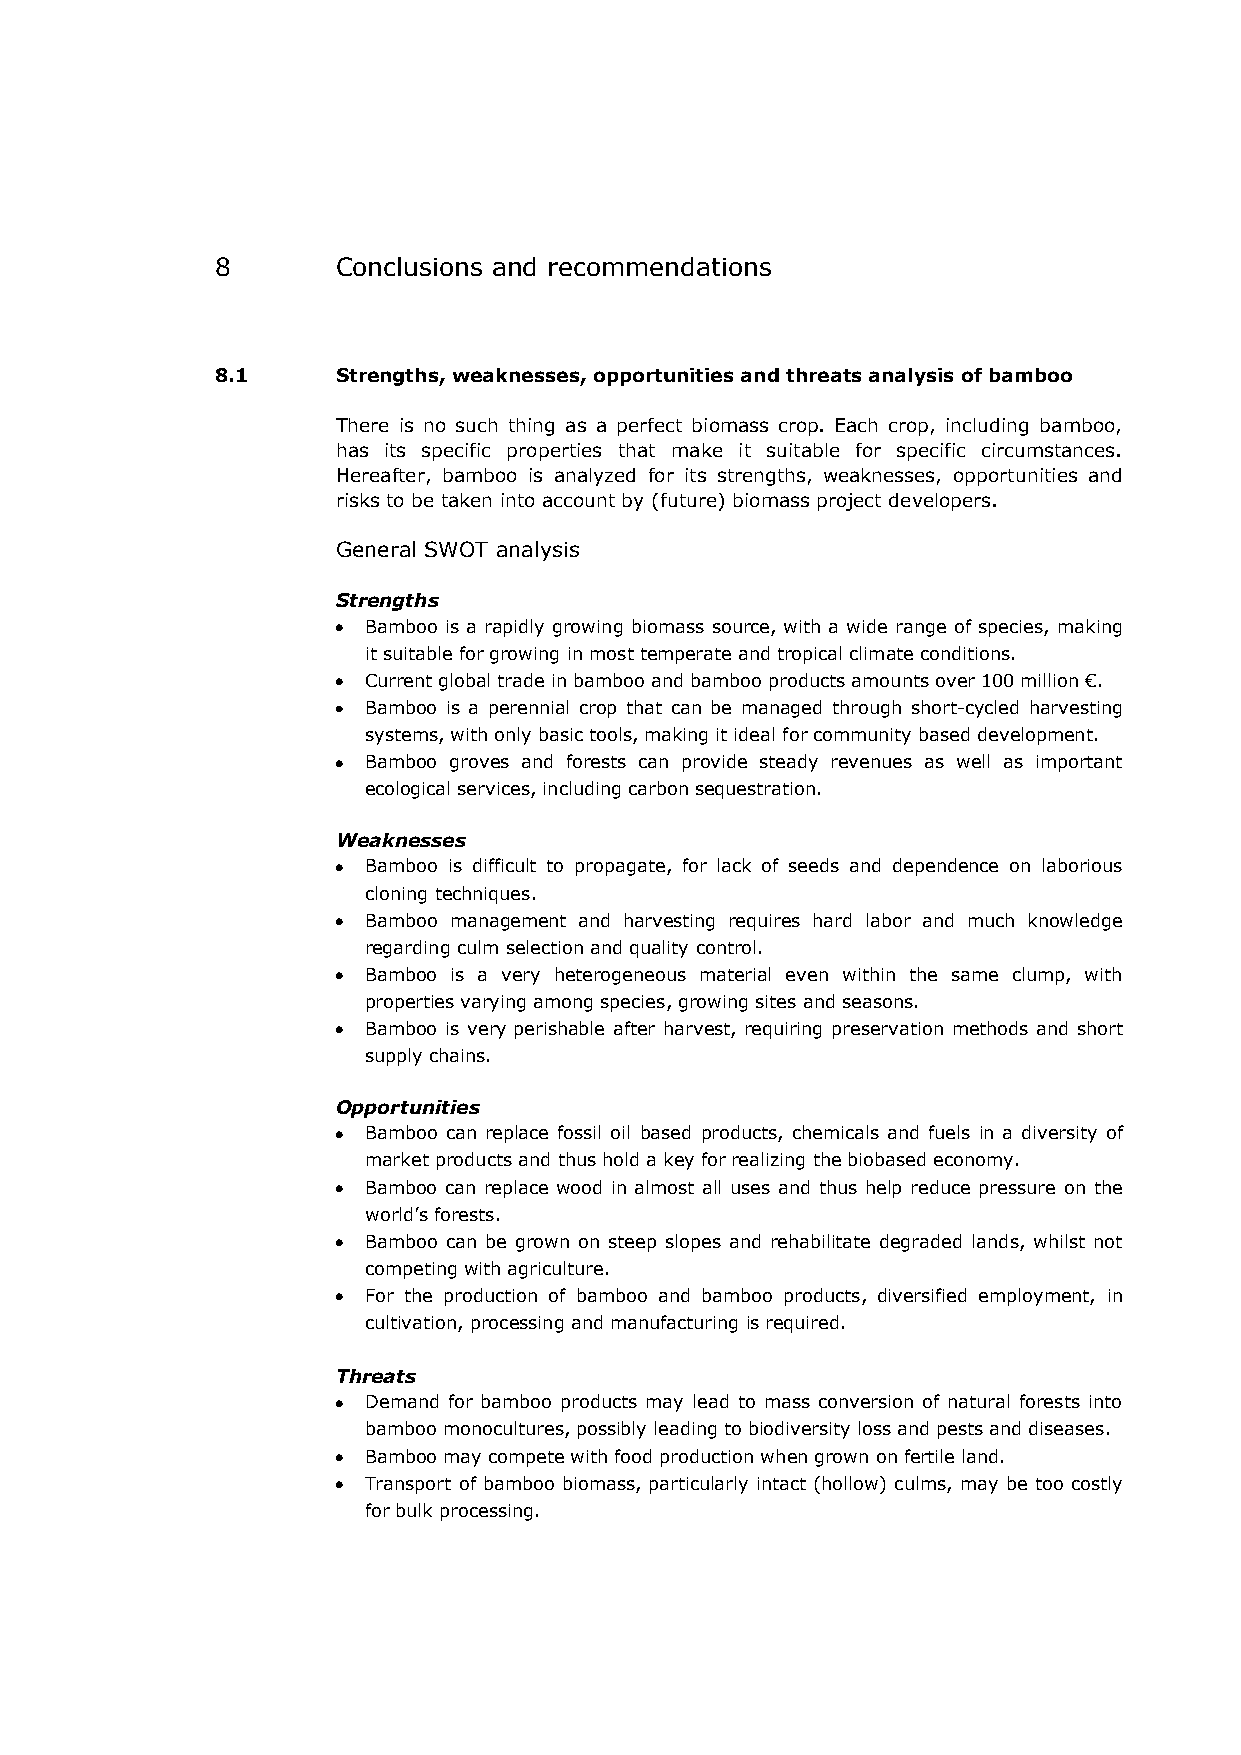
8       Conclusions and recommendations
 8.1     Strengths, weaknesses, opportunities and threats analysis of bamboo
 There is no such thing as a perfect biomass crop. Each crop, including bamboo,
 has its specific properties that make it suitable for specific circumstances.
 Hereafter, bamboo is analyzed for its strengths, weaknesses, opportunities and
 risks to be taken into account by (future) biomass project developers.
 General SWOT analysis
 Strengths
 Bamboo is a rapidly growing biomass source, with a wide range of species, making
 it suitable for growing in most temperate and tropical climate conditions.
 Current global trade in bamboo and bamboo products amounts over 100 million €.
 Bamboo is a perennial crop that can be managed through short-cycled harvesting
 systems, with only basic tools, making it ideal for community based development.
 Bamboo groves and forests can provide steady revenues as well as important
 ecological services, including carbon sequestration.
 Weaknesses
 Bamboo is difficult to propagate, for lack of seeds and dependence on laborious
 cloning techniques.
 Bamboo management and harvesting requires hard labor and much knowledge
 regarding culm selection and quality control.
 Bamboo is a very heterogeneous material even within the same clump, with
 properties varying among species, growing sites and seasons.
 Bamboo is very perishable after harvest, requiring preservation methods and short
 supply chains.
 Opportunities
 Bamboo can replace fossil oil based products, chemicals and fuels in a diversity of
 market products and thus hold a key for realizing the biobased economy.
 Bamboo can replace wood in almost all uses and thus help reduce pressure on the
 world’s forests.
 Bamboo can be grown on steep slopes and rehabilitate degraded lands, whilst not
 competing with agriculture.
 For the production of bamboo and bamboo products, diversified employment, in
 cultivation, processing and manufacturing is required.
 Threats
 Demand for bamboo products may lead to mass conversion of natural forests into
 bamboo monocultures, possibly leading to biodiversity loss and pests and diseases.
 Bamboo may compete with food production when grown on fertile land.
 Transport of bamboo biomass, particularly intact (hollow) culms, may be too costly
 for bulk processing.